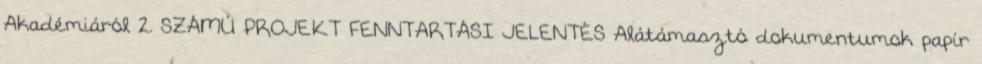
Akadémiáról 2. SZÁMÚ PROJEKT FENNTARTÁSI JELENTÉS Alátámasztó dokumentumok papír